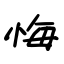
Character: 悔